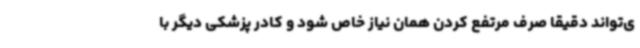
ی‌تواند دقیقا صرف مرتفع کردن همان نیاز خاص شود و کادر پزشکی دیگر با